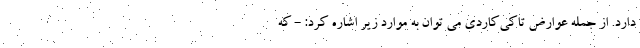
دارد. از جمله عوارض تاکی‌کاردی می توان به موارد زیر اشاره کرد: - که